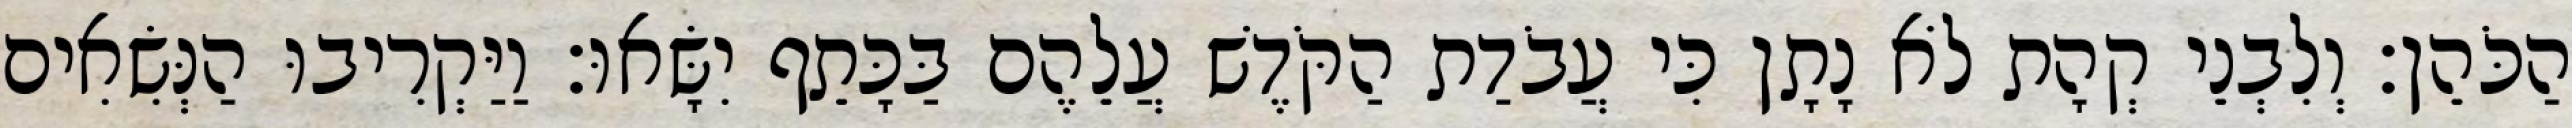
הַכֹּהֵן׃ וְלִבְנֵי קְהָת לֹא נָתָן כִּי עֲבֹדַת הַקֹּדֶשׁ עֲלֵהֶם בַּכָּתֵף יִשָּׂאוּ׃ וַיַּקְרִיבוּ הַנְּשִׂאִים